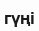
гүңі